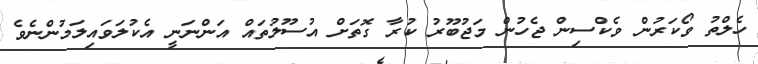
ހެލްތު ވޯކަރުން ވެކްސިން ޖެހުން މަޖުބޫރު ކުރާ ގޮތަށް އުސޫލުތައް އަންނަނީ އެކުލަވައިލަމުންނެވެ